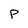
Character: P